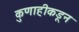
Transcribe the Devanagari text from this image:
कुणाहीकडून